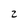
Character: 2